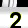
Digit: 2